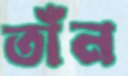
তাঁন